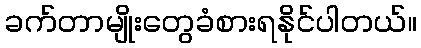
ခက်တာမျိုးတွေခံစားရနိုင်ပါတယ်။